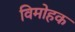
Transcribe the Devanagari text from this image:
विमोहक